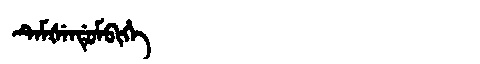
Manchu: ᡨᡝᠮᡧᡝᠨᡩᡠᠮᠪᡳᡥᡝ
Romanization: TEMŠENDUMBIHE